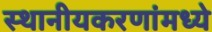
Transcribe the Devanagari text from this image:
स्थानीयकरणांमध्ये